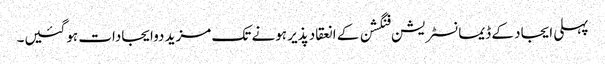
پہلی ایجاد کے ڈیمانسٹریشن فنگشن کے انعقاد پذیر ہونے تک مزید دوایجادات ہوگئیں۔